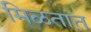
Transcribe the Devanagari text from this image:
मिळतात़